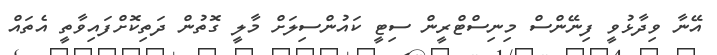
އޭނާ ވިދާޅުވީ ފިނޭންސް މިނިސްޓްރީން ސިޓީ ކައުންސިލަށް މާލީ ގޮތުން ދަތިކޮށްފައިވާތީ އެތައް